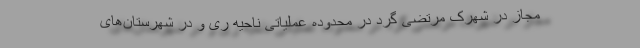
مجاز در شهرک مرتضی گرد در محدوده عملیاتی ناحیه ری و در شهرستان‌های